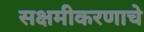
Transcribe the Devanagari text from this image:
सक्षमीकरणाचे